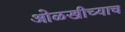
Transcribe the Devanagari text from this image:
ओळखीच्याच